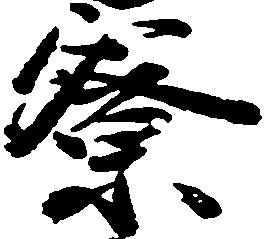
寮